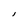
Character: l